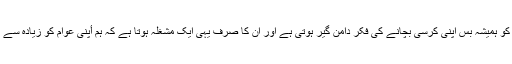
اور ان کے اکثر سربراہوں و قائدین کو ہمیشہ بس اپنی کرسی بچانے کی فکر دامن گیر ہوتی ہے اور ان کا صرف یہی ایک مشغلہ ہوتا ہے کہ ہم أپنی عوام کو زیادہ سے زیادہ کس طرح ذلیل و خوار کریں ۔